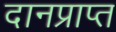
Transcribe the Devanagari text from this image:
दानप्राप्त